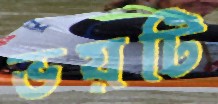
ভয়টি